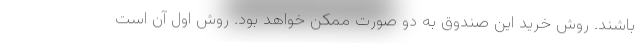
باشند. روش خرید این صندوق به دو صورت ممکن خواهد بود. روش اول آن است